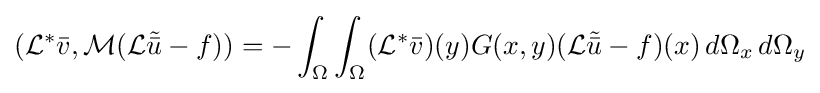
({\mathcal {L}}^{*}{\bar {v}},{\mathcal {M}}({\mathcal {L}}{\tilde {\bar {u}}}-f))=-\int _{\Omega }\int _{\Omega }({\mathcal {L}}^{*}{\bar {v}})(y)G(x,y)({\mathcal {L}}{\tilde {\bar {u}}}-f)(x)\,d\Omega _{x}\,d\Omega _{y}